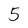
Character: 5